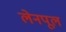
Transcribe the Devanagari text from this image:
लेनपूल